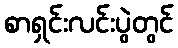
စာရှင်းလင်းပွဲတွင်